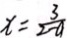
x = \frac { 3 } { 2 - a }